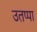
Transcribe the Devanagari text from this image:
उतप्पा